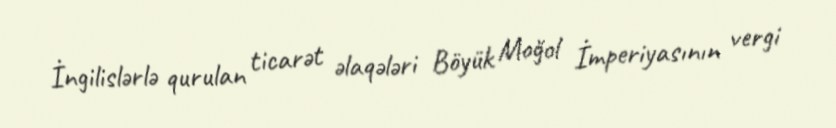
İngilislərlə qurulan ticarət əlaqələri Böyük Moğol İmperiyasının vergi